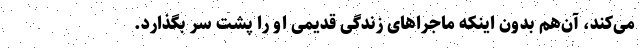
می‌کند، آن‌هم بدون اینکه ماجراهای زندگی قدیمی او را پشت سر بگذارد.